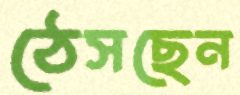
ঠেসছেন